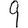
Digit: 9